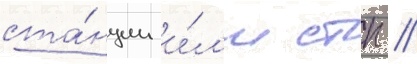
ста́нции и́л'и стп //